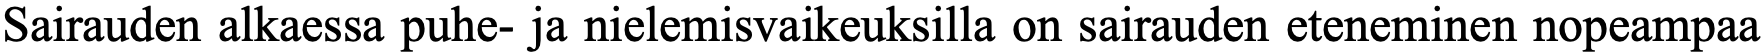
Sairauden alkaessa puhe- ja nielemisvaikeuksilla on sairauden eteneminen nopeampaa